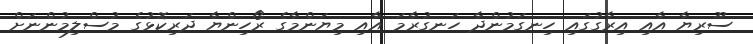
ސޫރިޔާ އާއި އިރާގުގައި ހިނގަމުންދާ ހަނގުރާމަ އާއި މިޔަންމާގެ ރޯހިންޔާ ދަރިކޮޅުގެ މުސްލިމުންނަށް